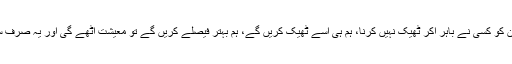
انہوں نے کہا کہ پاکستان کو کسی نے باہر آکر ٹھیک نہیں کرنا، ہم ہی اسے ٹھیک کریں گے، ہم بہتر فیصلے کریں گے تو معیشت اٹھے گی اور یہ صرف سرمایہ کاری سے ہوگا۔